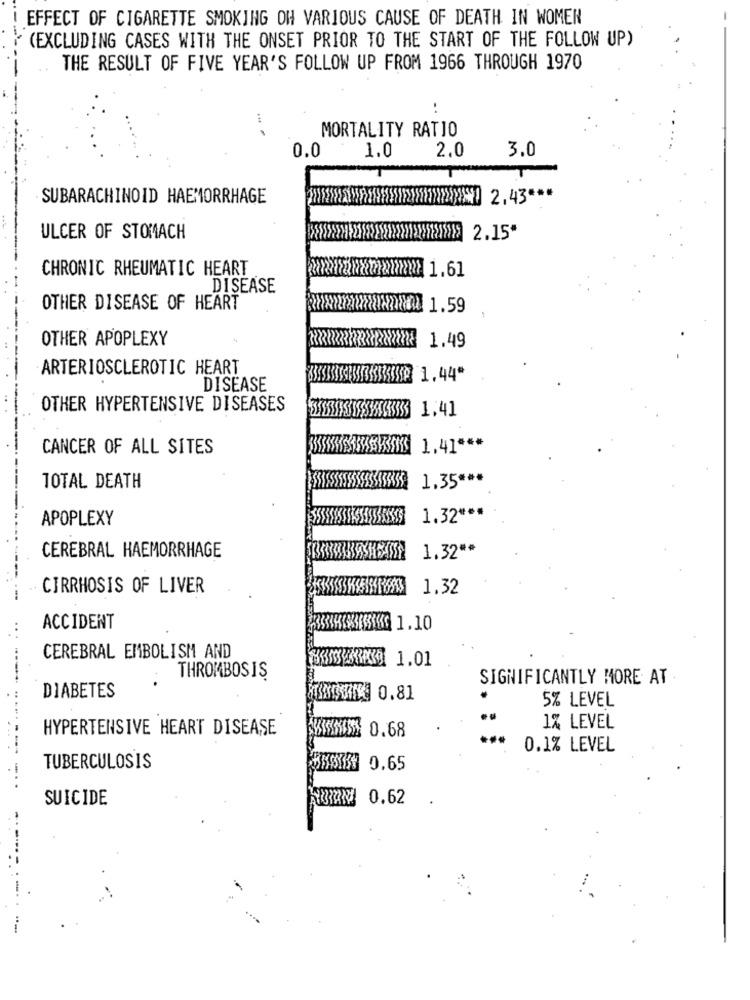
EFFECT OF CIGARETTE SMOKING OH VARIOUS CAUSE OF DEATH IN WOMEN
(EXCLUDING CASES WITH THE ONSET PRIOR TO THE START OF THE FOLLOW UP)
THE RESULT OF FIVE YEAR'S FOLLOW UP FROM 1966 THROUGH 1970
.
MORTALITY RATIO
2.0
3.0
0.0
1.0
SUBARACHINOID HAEMORRHAGE
ULCER OF STOMACH
2.15
CHRONIC RHEUMATIC HEART
hamann 1.61
DISEASE
OTHER DISEASE OF HEART
1.59
OTHER APOPLEXY
ARTERIOSCLEROTIC HEART
3193333KKSP 1.44"
DISEASE
OTHER HYPERTENSIVE DISEASES
1,41
CANCER OF ALL SITES
1.41 ***
1.35 ***
TOTAL DEATH
APOPLEXY
1.32 ***
1.32 **
CEREBRAL HAEMORRHAGE
CIRRHOSIS OF LIVER
1.32
ACCIDENT
CEREBRAL EMBOLISM AND
1.01
..
THROMBOSIS
SIGNIFICANTLY MORE AT
DIABETES
0.81
5% LEVEL
HYPERTENSIVE HEART DISEASE
$15 0.68
1% LEVEL
0.1% LEVEL
TUBERCULOSIS
358138 0.65
SUICIDE
0.62
----- --